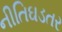
નીતિઘડતર